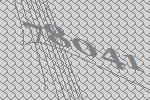
78041